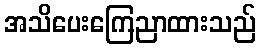
အသိပေးကြေညာထားသည်